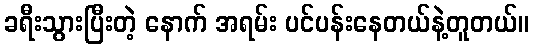
ခရီးသွားပြီးတဲ့ နောက် အရမ်း ပင်ပန်းနေတယ်နဲ့တူတယ်။